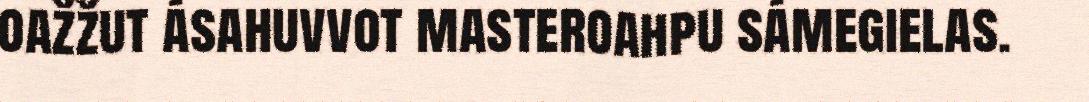
oažžut ásahuvvot masteroahpu sámegielas.